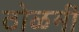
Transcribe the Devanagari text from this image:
ठोळमी